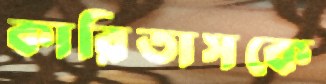
কারিতাসকে